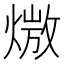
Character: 𪹖